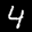
Label: 4